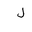
Letter: _lam